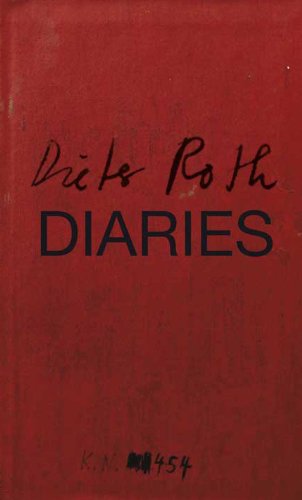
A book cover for Dieter Roth: Diaries (Fruitmarket Gallery); Andrea BÃ¼ttner; Arts & Photography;